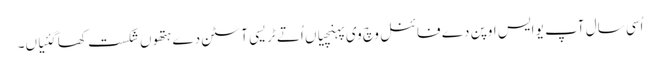
اُسی سال آپ یو ایس اوپن دے فائنل وچ وی پہنچیاں اُتے ٹریسی آسٹن دے ہتھو‏ں شکست کھا گئیاں۔